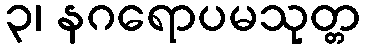
၃၊ နဂရောပမသုတ္တ